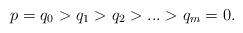
LaTeX: \begin{align*}p=q_0>q_1>q_2>...>q_m=0.\end{align*}